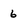
Character: 6